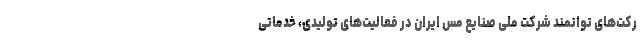
رکت‌های توانمند شرکت ملی صنایع مس ایران در فعالیت‌های تولیدی، خدماتی